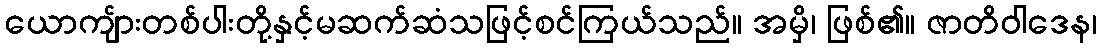
ယောကျ်ားတစ်ပါးတို့နှင့်မဆက်ဆံသဖြင့်စင်ကြယ်သည်။ အမှိ၊ ဖြစ်၏။ ဇာတိဝါဒေန၊